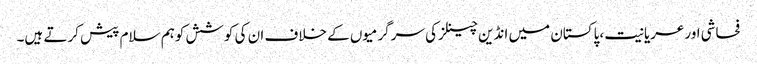
فحاشی اورعریانیت ،پاکستان میں انڈین چینلزکی سرگرمیوں کے خلاف ان کی کوشش کوہم سلام پیش کرتے ہیں۔